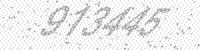
Solution: 913445